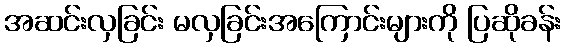
အဆင်းလှခြင်း မလှခြင်းအကြောင်းများကို ပြဆိုခန်း